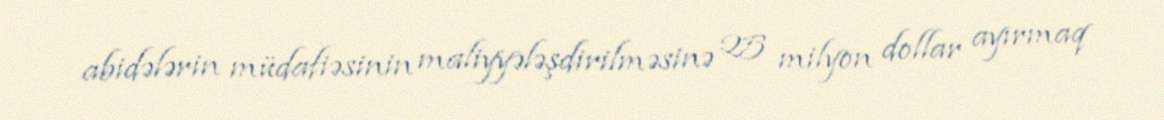
abidələrin müdafiəsinin maliyyələşdirilməsinə 25 milyon dollar ayırmaq